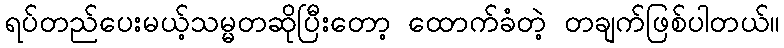
ရပ်တည်ပေးမယ့်သမ္မတဆိုပြီးတော့ ထောက်ခံတဲ့ တချက်ဖြစ်ပါတယ်။